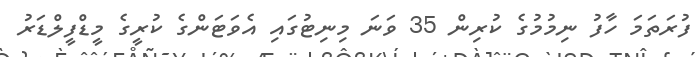
ފުރަތަމަ ހާފު ނިމުމުގެ ކުރިން 35 ވަނަ މިނިޓުގައި އެވަޓަންގެ ކުރީގެ މީޑްފީލްޑަރު